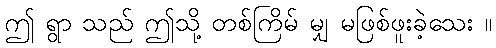
ဤ ရွာ သည် ဤသို့ တစ်ကြိမ် မျှ မဖြစ်ဖူးခဲ့သေး ။